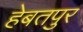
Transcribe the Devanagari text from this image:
हेबतपुर